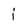
Character: j